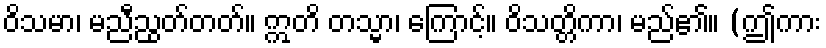
ဝိသမာ၊ မညီညွတ်တတ်။ ဣတိ တသ္မာ၊ ကြောင့်။ ဝိသတ္တိကာ၊ မည်၏။ (ဤကား